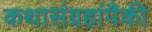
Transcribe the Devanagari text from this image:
कथासंग्रहांपैकी